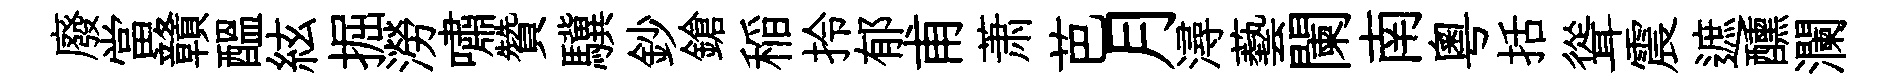
廢當贛醖絃掘澇嘯贊驥鈔鎗稲拎郁甫萧芭月潯藝闌南粤括聳震遮醺瀾